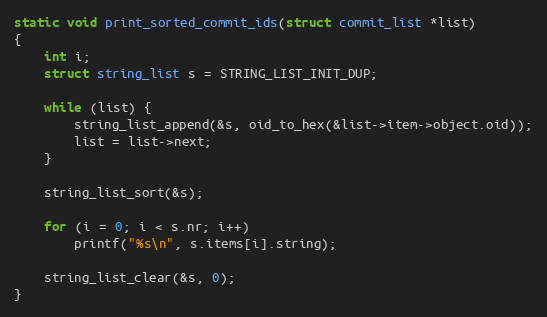
Language: C
static void print_sorted_commit_ids(struct commit_list *list)
{
	int i;
	struct string_list s = STRING_LIST_INIT_DUP;

	while (list) {
		string_list_append(&s, oid_to_hex(&list->item->object.oid));
		list = list->next;
	}

	string_list_sort(&s);

	for (i = 0; i < s.nr; i++)
		printf("%s\n", s.items[i].string);

	string_list_clear(&s, 0);
}